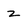
Character: z